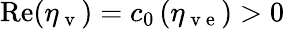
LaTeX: \mathrm{Re}(\eta_{\mathrm{~v~}})=c_{0}\left(\eta_{\mathrm{~v~e~}}\right)>0